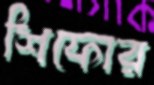
শিফোর